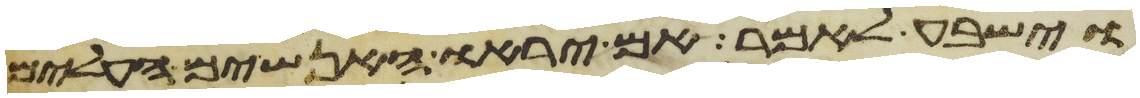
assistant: וישבע לאמר אם יראו האנשים העלים